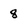
Character: 8